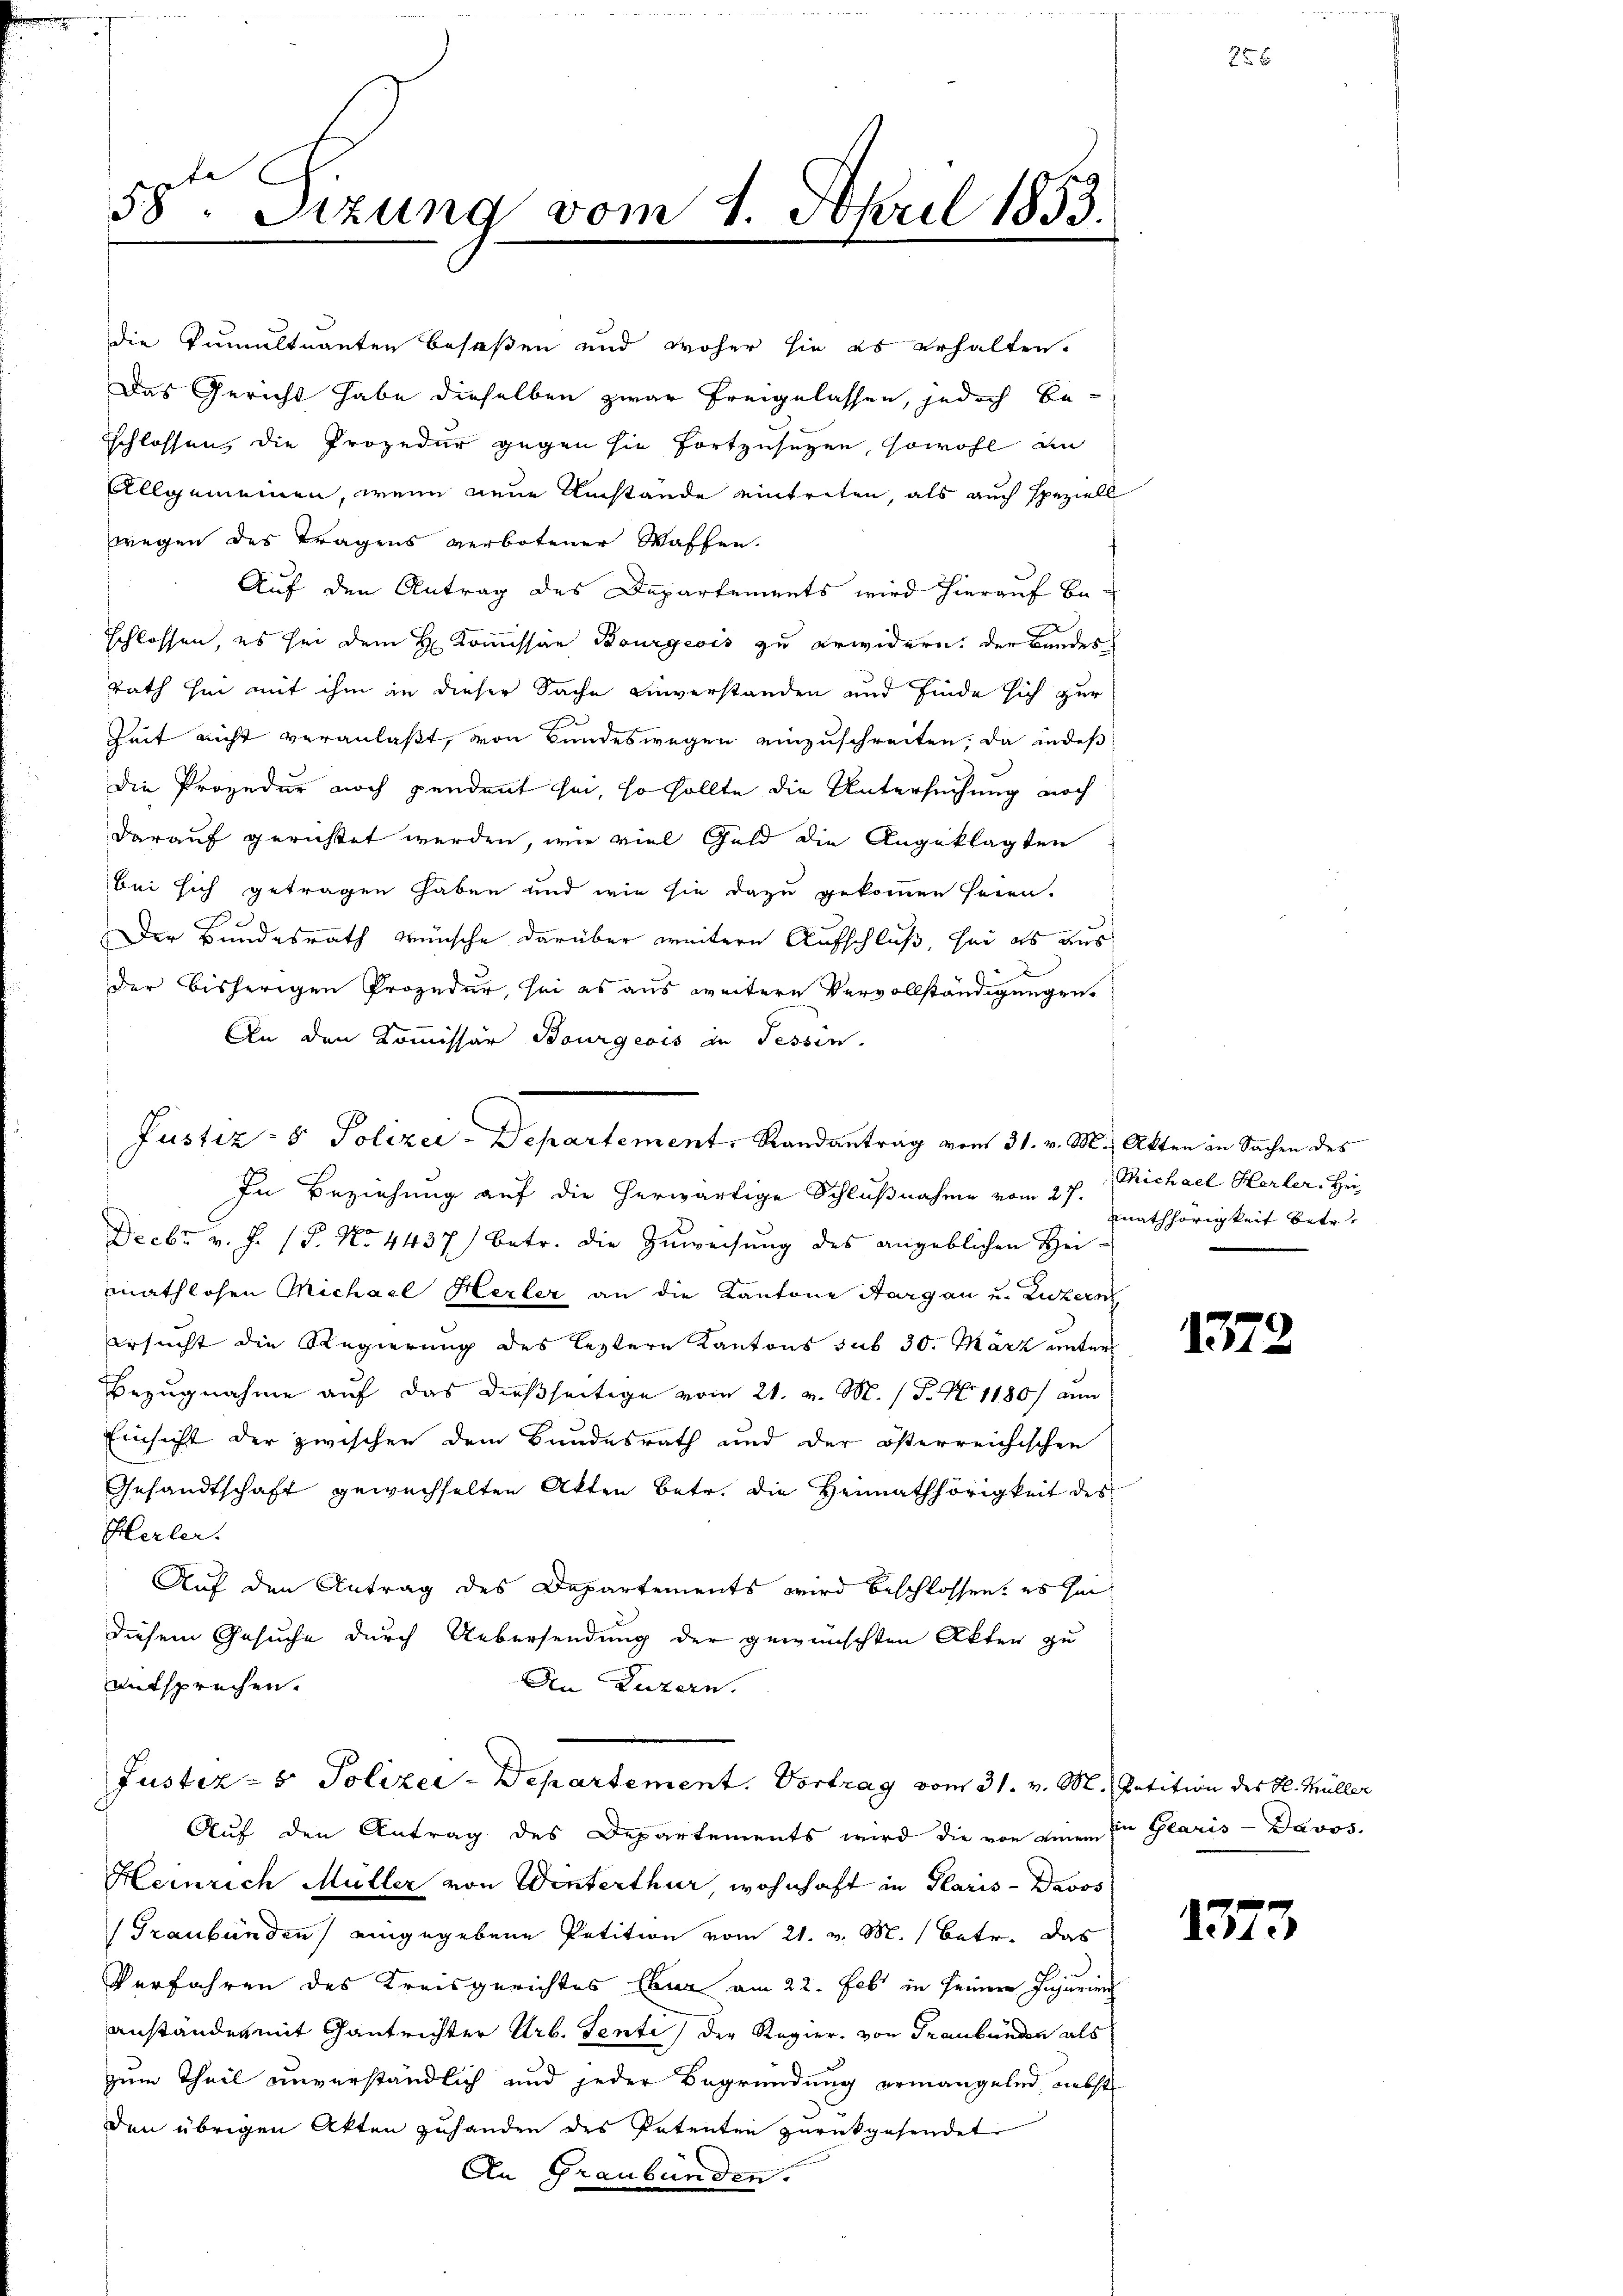
die Pumultnanten besaßen und woher sie es erhalten.
Das Gericht habe dieselben zwar freigelassen, jedoch be-
sschlossen, die Prozedur gegen sie fortzuseten, sowohl an
Allgemeinen, wenn neue Umstände eintreten, als auch speziell
wegen des Tragens verbotener Waffen.
Auf den Antrag des Departements wird hierauf Be-
schlossen, es sei dem H. Kommissar Bourgeois zu erwidern der Bandes
Rath hin mit ihm in dieser Sache einverstanden und finde sich zur
Zeit nicht veranlaßt, von Bundeswegen einzuschreiten, da indeß
die Prozedur noch pendant sei, so sollte die Untersuchung noch
darauf gerichtet werden, wie viel Geld die Angeklagten
bei sich getragen haben und wie sie dazu gekommen seien.
Der Bundesrath wünsche darüber weitere Aufschluß, sei es aus
der bisherigen Prozedur, sei es aus weitere Vervollständigungen.
An den Kommissär Bourgeois in Tessin.

58ten Sizung vom 1. April 1853.

Justiz- & Polizei-Departement, Randantrag vom 31. v. M. Akten in Sachen des

In Beziehung auf die herwärtige Schlußnahme vom 27. Michael Herler, Hei
Decbr v. J. (T. No. 4437) betr. die Zuweisung des angeblichen Heimathlosen Michael Herler an die Kantone Aargau u. Luzern
ersucht die Regierung des leztere Kantons sub 30. März unter
Bezugnahme auf das dießseitige vom 21. v. M. (T. N. 1180/ um
Einsicht der zwischen dem Bundesrath und der österreichischen
Gesandtschaft gewechselten Akten betr. die Heimathörigkeit des
Herler.
Auf den Antrag des Departements wird beschlossen, es sei
diesem Gesuche durch Uebersendung der gewünschten Akten zu
entsprechen.
An Luzern.
Justiz- & Polizei-Departement. Vortrag vom 31. v. M. Petition des H. Müller
Auf den Antrag des Departements wird die von einem in Glaris - Davos-
Heinrich Müller von Winterthur wohnhaft in Paris - Davos
Graubünden eingegebene Petition vom 21. v. M. betr. das
.
Verfahren des Kreisgerichtes Chur am 22. Febr. in seiner Injurien
anständen mit Gantrichter Urb. Senti der Regier von Graubünden als
zum Theil unverständlich und jeder Begründung ermangelnd, absol
den übrigen Akten zuhanden des Patenten zurückgesendet.
An Graubünden.

Mathhörigkeit betr.

1372

1373